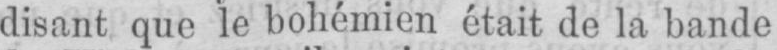
disant que le bohémien était de la bande